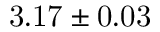
\mathrm { 3 . 1 7 \pm 0 . 0 3 }